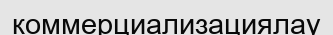
коммерциализациялау